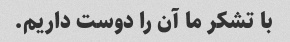
با تشکر ما آن را دوست داریم.